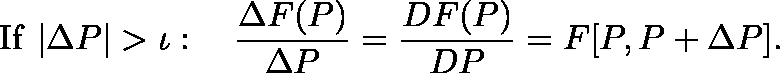
{ \mathrm { I f ~ } } | \Delta P | > { \mathit { \iota } } : \quad { \frac { \Delta F ( P ) } { \Delta P } } = { \frac { D F ( P ) } { D P } } = F [ P , P + \Delta P ] . \,